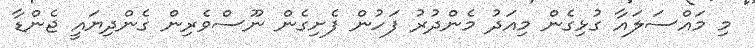
މި މައްސަލައާ ގުޅިގެން މިއަދު މެންދުރު ފަހުން ފެށިގެން ނޫސްވެރިން ގެންދިޔައީ ޖެންޑާ